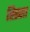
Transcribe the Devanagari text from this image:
ह्स्सिा